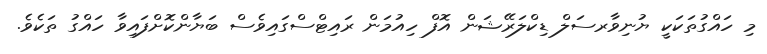
މި ހައްގުތަކަކީ ޔުނިވާރސަލް ޑިކްލަރޭޝަން އޮފް ހިއުމަން ރައިޓްސްގައިވެސް ބަޔާންކޮށްފައިވާ ހައްގު ތަކެވެ.